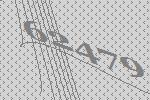
62479